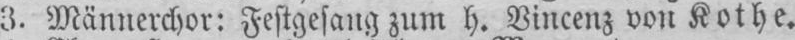
3. Männerchor: Festgesang zum h. Vincenz von Kothe.